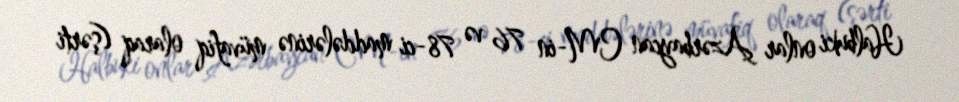
Halbuki onlar Azərbaycan CM-in 76 və 78-ci maddələrinə müvafiq olaraq (şərti